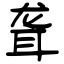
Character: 聋